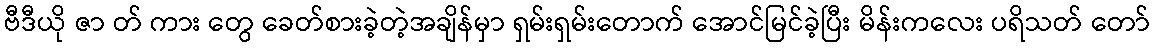
ဗီဒီယို ဇာ တ် ကား တွေ ခေတ်စားခဲ့တဲ့အချိန်မှာ ရှမ်းရှမ်းတောက် အောင်မြင်ခဲ့ပြီး မိန်းကလေး ပရိသတ် တော်